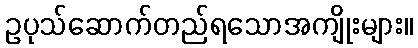
ဥပုသ်ဆောက်တည်ရသောအကျိုးများ။